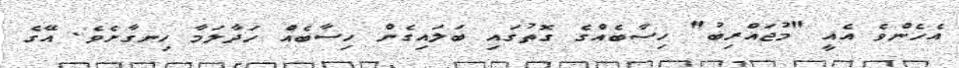
އެހެންވެ އެއީ "މުޖައްރިބު" ހިސާބެއްގެ ގޮތުގައި ބަލައިގެން ހިސާބެއް ހަދާލަމާ ހިނގާށެވެ. އޭގެ